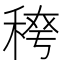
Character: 𮃈